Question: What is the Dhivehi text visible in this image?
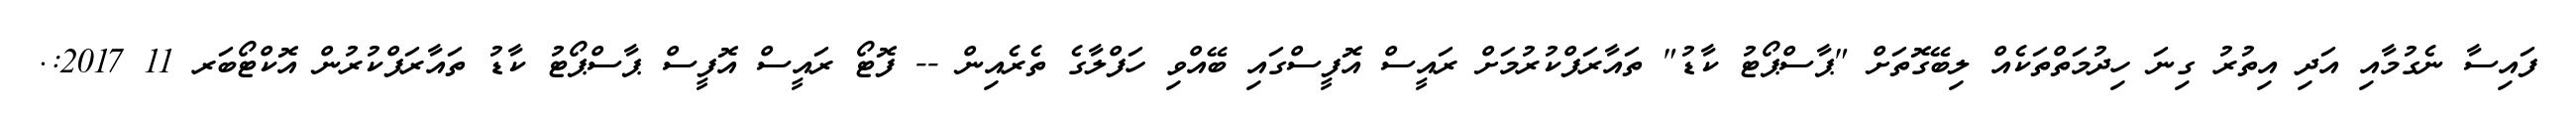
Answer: ފައިސާ ނެގުމާއި އަދި އިތުރު ގިނަ ހިދުމަތްތަކެއް ލިބޭގޮތަށް "ޕާސްޕޯޓު ކާޑު" ތައާރަފްކުރުމަށް ރައީސް އޮފީސްގައި ބޭއްވި ހަފްލާގެ ތެރެއިން -- ފޮޓޯ ރައީސް އޮފީސް ޕާސްޕޯޓު ކާޑު ތައާރަފްކުރުން އޮކްޓޯބަރ 11 2017:.